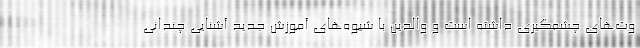
وت‌های چشمگیری داشته است و والدین با شیوه‌های آموزش جدید آشنایی چندانی